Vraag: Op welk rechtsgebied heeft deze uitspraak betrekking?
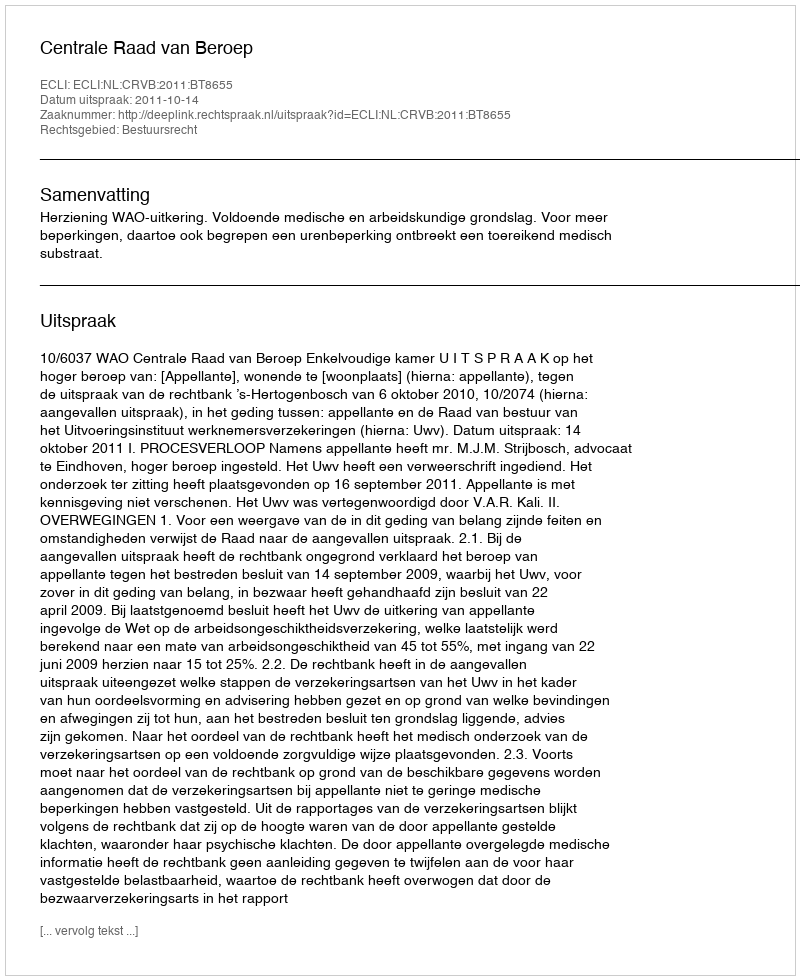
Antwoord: Bestuursrecht